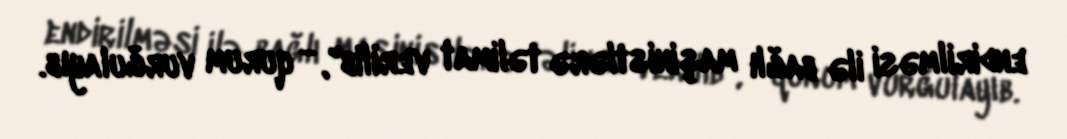
endirilməsi ilə bağlı maşinistlərə təlimat verilib", - qurum vurğulayıb.